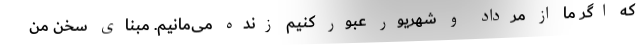
که اگر ما از مرداد و شهریور عبور کنیم زنده می‌مانیم. مبنای سخن من